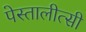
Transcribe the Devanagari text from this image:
पेस्तालीत्सी